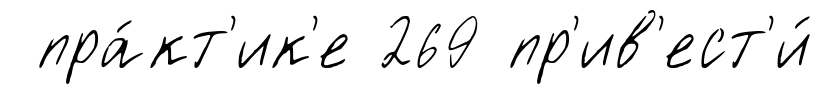
пра́кт'ик'е 269 пр'ив'ест'и́